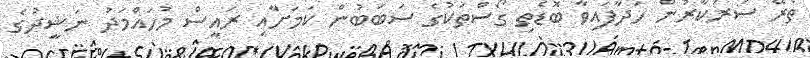
ތެރޭ ސަރުކާރުން ހަދާފައިވާ ބޮޑެތި ގޯސްތަކުގެ ސަބަބުން ކަމަށާއި ރައީސް މުހައްމަދު ނަޝީދުގެ